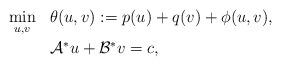
LaTeX: \begin{align*}\begin{array}{ll}\displaystyle\min_{u,v}& \theta(u,v): = p(u) + q(v) + \phi(u,v),\\ [8pt] & \mathcal{A}^*u + \mathcal{B}^*v = c,\end{array}\end{align*}